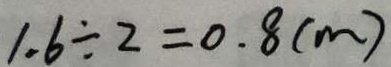
1 . 6 \div 2 = 0 . 8 ( m )